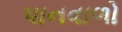
પાનવાળો